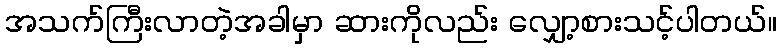
အသက်ကြီးလာတဲ့အခါမှာ ဆားကိုလည်း လျှော့စားသင့်ပါတယ်။